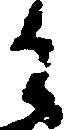
日